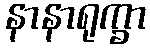
နာနာရုက္ခာ